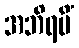
အဘိရမိံ